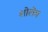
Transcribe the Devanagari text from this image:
शोलेम